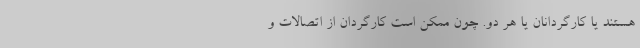
هستند یا کارگردانان یا هر دو. چون ممکن است کارگردان از اتصالات و